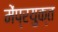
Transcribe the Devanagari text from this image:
मेंप्रयुक्त